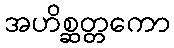
အဟိစ္ဆတ္တကော